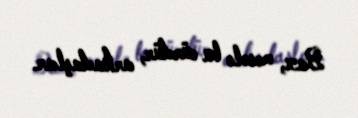
Bax, məsələ bu cürdür, arkadaşlar.